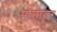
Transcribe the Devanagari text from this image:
माॅनीटर